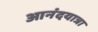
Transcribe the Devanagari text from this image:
आनंदयात्रा